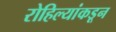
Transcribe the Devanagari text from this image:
रोहिल्यांकडून